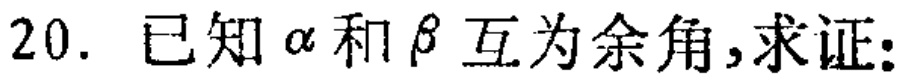
已知\(\alpha\)和\(\beta\)互为余角,求证: